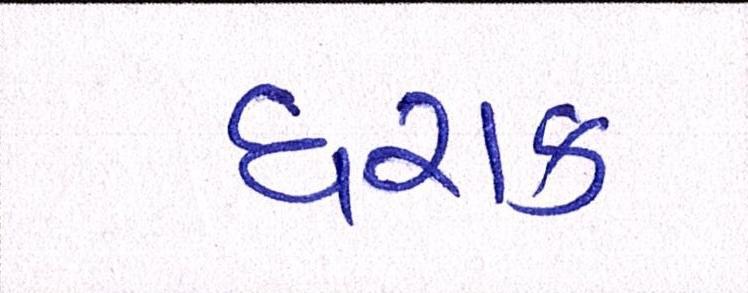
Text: ઘરાક